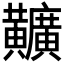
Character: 𪏪